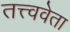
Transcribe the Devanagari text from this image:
तत्त्ववेता